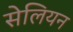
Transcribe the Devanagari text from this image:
सेलियन